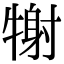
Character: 𤚑